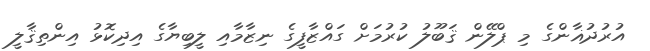
އުރުދުޣާންގެ މި ޕްލޭން ޤަބޫލު ކުރުމަށް ގައްޒާފީގެ ނިޒާމާއި ލީބިޔާގެ އިދިކޮޅު އިންތިޤާލީ